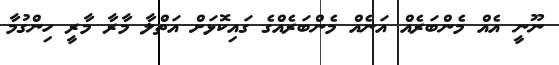
ނޫނީ އެއް މެންބަރެއް އަނެއް މެންބަރެއްގެ ގައިކޮޅަށް އަތްލާ މާރާ މާރީ ހިންގުމާ